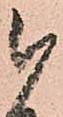
被